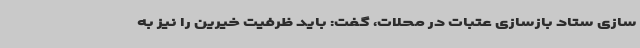
سازی ستاد بازسازی عتبات در محلات، گفت: باید ظرفیت خیرین را نیز به